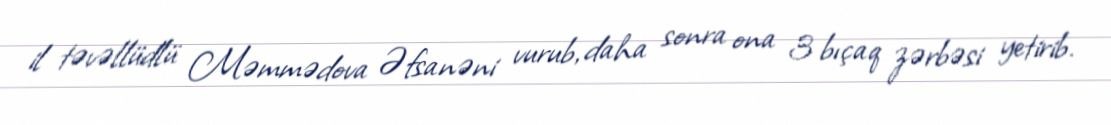
il təvəllüdlü Məmmədova Əfsanəni vurub, daha sonra ona 3 bıçaq zərbəsi yetirib.